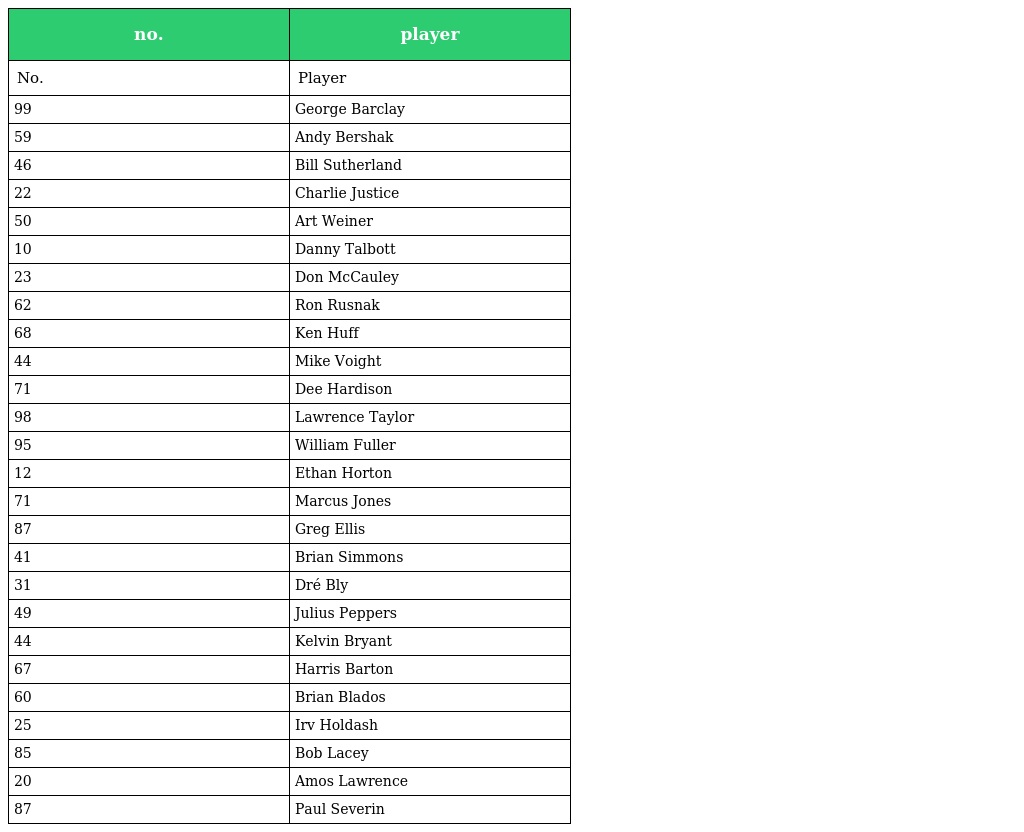
| no. | player |
 | --- | --- |
 | No. | Player |
 | 99 | George Barclay |
 | 59 | Andy Bershak |
 | 46 | Bill Sutherland |
 | 22 | Charlie Justice |
 | 50 | Art Weiner |
 | 10 | Danny Talbott |
 | 23 | Don McCauley |
 | 62 | Ron Rusnak |
 | 68 | Ken Huff |
 | 44 | Mike Voight |
 | 71 | Dee Hardison |
 | 98 | Lawrence Taylor |
 | 95 | William Fuller |
 | 12 | Ethan Horton |
 | 71 | Marcus Jones |
 | 87 | Greg Ellis |
 | 41 | Brian Simmons |
 | 31 | Dré Bly |
 | 49 | Julius Peppers |
 | 44 | Kelvin Bryant |
 | 67 | Harris Barton |
 | 60 | Brian Blados |
 | 25 | Irv Holdash |
 | 85 | Bob Lacey |
 | 20 | Amos Lawrence |
 | 87 | Paul Severin |